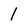
Character: 1